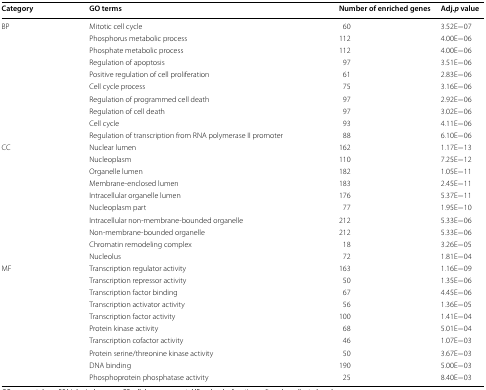
<table><thead><tr><td><b>Category</b></td><td><b>GO terms</b></td><td><b>Number of enriched genes</b></td><td><b>Adj.<i>p</i> value</b></td></tr></thead><tbody><tr><td rowspan="10">BP</td><td>Mitotic cell cycle</td><td>60</td><td>3.52E−07</td></tr><tr><td>Phosphorus metabolic process</td><td>112</td><td>4.00E−06</td></tr><tr><td>Phosphate metabolic process</td><td>112</td><td>4.00E−06</td></tr><tr><td>Regulation of apoptosis</td><td>97</td><td>3.51E−06</td></tr><tr><td>Positive regulation of cell proliferation</td><td>61</td><td>2.83E−06</td></tr><tr><td>Cell cycle process</td><td>75</td><td>3.16E−06</td></tr><tr><td>Regulation of programmed cell death</td><td>97</td><td>2.92E−06</td></tr><tr><td>Regulation of cell death</td><td>97</td><td>3.02E−06</td></tr><tr><td>Cell cycle</td><td>93</td><td>4.11E−06</td></tr><tr><td>Regulation of transcription from RNA polymerase II promoter</td><td>88</td><td>6.10E−06</td></tr><tr><td rowspan="10">CC</td><td>Nuclear lumen</td><td>162</td><td>1.17E−13</td></tr><tr><td>Nucleoplasm</td><td>110</td><td>7.25E−12</td></tr><tr><td>Organelle lumen</td><td>182</td><td>1.05E−11</td></tr><tr><td>Membrane-enclosed lumen</td><td>183</td><td>2.45E−11</td></tr><tr><td>Intracellular organelle lumen</td><td>176</td><td>5.37E−11</td></tr><tr><td>Nucleoplasm part</td><td>77</td><td>1.95E−10</td></tr><tr><td>Intracellular non-membrane-bounded organelle</td><td>212</td><td>5.33E−06</td></tr><tr><td>Non-membrane-bounded organelle</td><td>212</td><td>5.33E−06</td></tr><tr><td>Chromatin remodeling complex</td><td>18</td><td>3.26E−05</td></tr><tr><td>Nucleolus</td><td>72</td><td>1.81E−04</td></tr><tr><td rowspan="10">MF</td><td>Transcription regulator activity</td><td>163</td><td>1.16E−09</td></tr><tr><td>Transcription repressor activity</td><td>50</td><td>1.35E−06</td></tr><tr><td>Transcription factor binding</td><td>67</td><td>4.45E−06</td></tr><tr><td>Transcription activator activity</td><td>56</td><td>1.36E−05</td></tr><tr><td>Transcription factor activity</td><td>100</td><td>1.41E−04</td></tr><tr><td>Protein kinase activity</td><td>68</td><td>5.01E−04</td></tr><tr><td>Transcription cofactor activity</td><td>46</td><td>1.07E−03</td></tr><tr><td>Protein serine/threonine kinase activity</td><td>50</td><td>3.67E−03</td></tr><tr><td>DNA binding</td><td>190</td><td>5.00E−03</td></tr><tr><td>Phosphoprotein phosphatase activity</td><td>25</td><td>8.40E−03</td></tr></tbody></table>